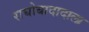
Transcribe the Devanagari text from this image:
राघोबादादाला